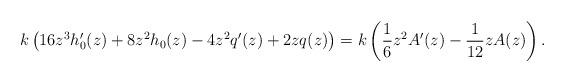
LaTeX: \begin{align*}k\left(16z^3 h_0'(z)+ 8z^2h_0(z)-4z^2q'(z)+2zq(z)\right)=k\left(\frac{1}{6}z^2A'(z)-\frac{1}{12}zA(z)\right).\end{align*}